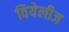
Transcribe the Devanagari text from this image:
वियेलीज